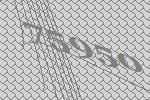
75950